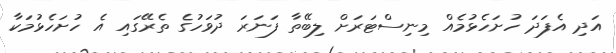
އަދި އެފަދަ ހުށަހެޅުމެއް މިނިސްޓަރަށް ލިބޭތާ ފަނަރަ ދުވަހުގެ ތެރޭގައި އެ ހުށަހެޅުމަކާ